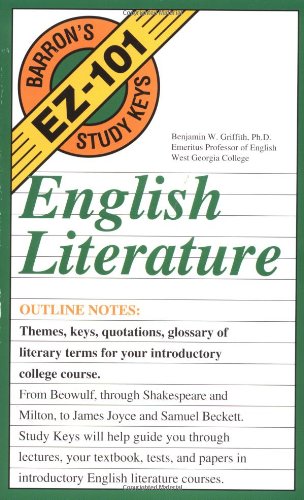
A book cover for English Literature (EZ-101 Study Keys); Benjamin W. Griffith; Education & Teaching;